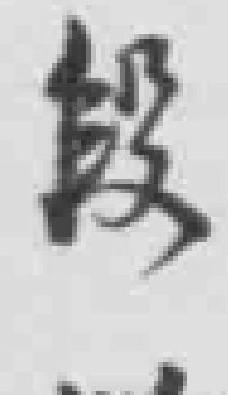
段